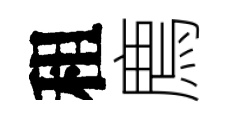
租廌